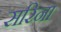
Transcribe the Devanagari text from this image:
सरिना